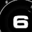
Digit: 6